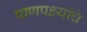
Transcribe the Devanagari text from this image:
पाणपक्ष्यांचे